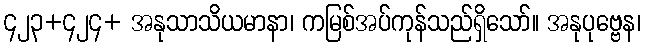
၄၂၃+၄၂၄+ အနုသာသိယမာနာ၊ ကမြစ်အပ်ကုန်သည်ရှိသော်။ အနုပုဗ္ဗေန၊